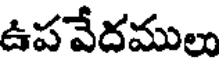
ఉపవేదములు